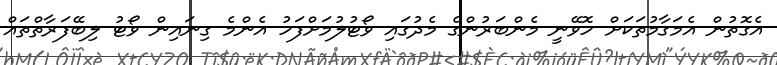
އެގޮތުން އެމަގާމުތަކަށް ހޮވޭނީ މެންބަރުންގެ މެދުގައި ވޯޓުލުމަށްފަހު އެންމެ ގިނައިން ވޯޓު ލިބޭފަރާތްތައް